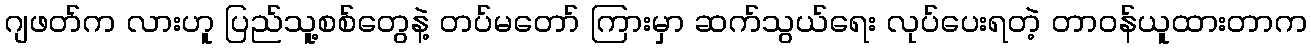
ဂျဖတ်က လားဟူ ပြည်သူ့စစ်တွေနဲ့ တပ်မတော် ကြားမှာ ဆက်သွယ်ရေး လုပ်ပေးရတဲ့ တာဝန်ယူထားတာက